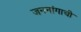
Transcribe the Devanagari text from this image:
जननांगाची